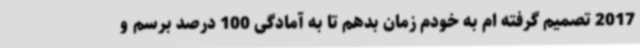
2017 تصمیم گرفته ام به خودم زمان بدهم تا به آمادگی 100 درصد برسم و